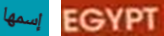
إسمها EGYPT